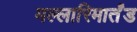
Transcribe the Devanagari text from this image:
मल्लारिमार्तंड